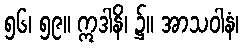
၅၆၊ ၅၉။ ဣဒါနိ၊ ၌။ အာသဝါနံ၊